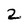
Character: 2